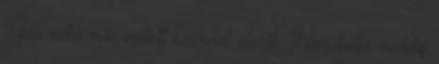
Igaz néha már nyitott szemmel alszik. Nem tudja meddig